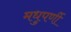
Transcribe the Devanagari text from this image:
मधुपर्णी